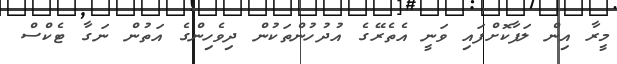
މީރާ އިން ލަފާކޮށްފައި ވަނީ އެތެރޭގެ އުދުހުންތަކުން ދިވެހިންގެ އަތުން ނަގާ ޓެކްސް